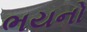
ભયનો